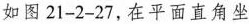
如图21-2-27，在平面直角坐